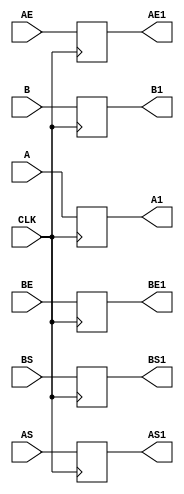
`timescale 1ns / 1ps
//////////////////////////////////////////////////////////////////////////////////
// Company: 
// Engineer: 
// 
// Design Name: 
// Module Name:    buf0 
// Project Name: 
// Target Devices: 
// Tool versions: 
// Description: 
//
// Dependencies: 
//
// Revision: 
// Revision 0.01 - File Created
// Additional Comments: 
//
//////////////////////////////////////////////////////////////////////////////////
module buf0(
    input [23:0] A,
    input [23:0] B,
    input [7:0] AE,
    input [7:0] BE,
    input AS,
    input BS,
	 input CLK,
    output reg [23:0] A1,
    output reg [23:0] B1,
    output reg [7:0] AE1,
    output reg [7:0] BE1,
    output reg AS1,
    output reg BS1
    );
always @(posedge CLK) begin
A1<=A;
B1<=B;
AE1<=AE;
BE1<=BE;
AS1<=AS;
BS1<=BS;
end
endmodule